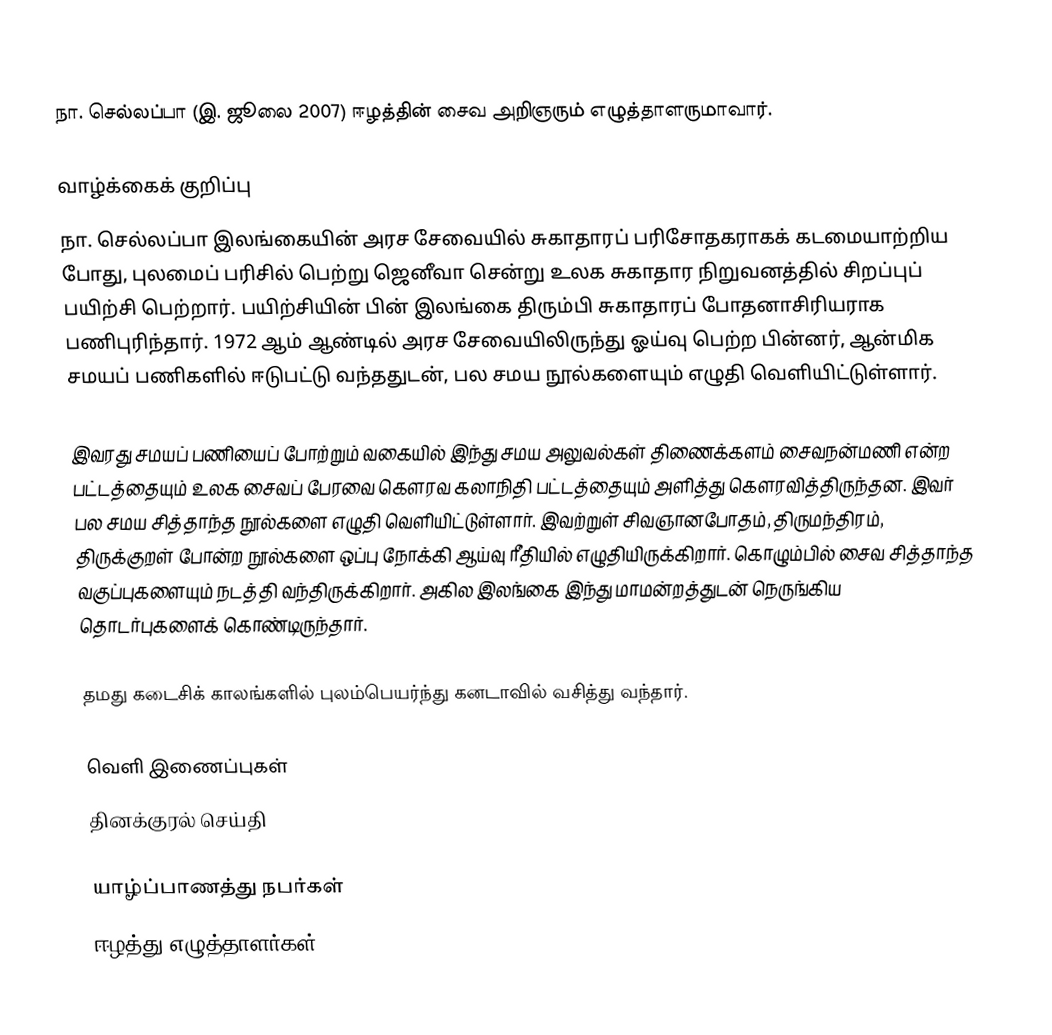
நா. செல்லப்பா (இ. ஜூலை 2007) ஈழத்தின் சைவ அறிஞரும் எழுத்தாளருமாவார்.

வாழ்க்கைக் குறிப்பு
நா. செல்லப்பா இலங்கையின் அரச சேவையில் சுகாதாரப் பரிசோதகராகக் கடமையாற்றிய போது, புலமைப் பரிசில் பெற்று ஜெனீவா சென்று உலக சுகாதார நிறுவனத்தில் சிறப்புப் பயிற்சி பெற்றார். பயிற்சியின் பின் இலங்கை திரும்பி சுகாதாரப் போதனாசிரியராக பணிபுரிந்தார். 1972 ஆம் ஆண்டில் அரச சேவையிலிருந்து ஓய்வு பெற்ற பின்னர், ஆன்மிக சமயப் பணிகளில் ஈடுபட்டு வந்ததுடன், பல சமய நூல்களையும் எழுதி வெளியிட்டுள்ளார்.

இவரது சமயப் பணியைப் போற்றும் வகையில் இந்து சமய அலுவல்கள் திணைக்களம் சைவநன்மணி என்ற பட்டத்தையும் உலக சைவப் பேரவை கௌரவ கலாநிதி பட்டத்தையும் அளித்து கௌரவித்திருந்தன. இவர் பல சமய சித்தாந்த நூல்களை எழுதி வெளியிட்டுள்ளார். இவற்றுள் சிவஞானபோதம், திருமந்திரம், திருக்குறள் போன்ற நூல்களை ஒப்பு நோக்கி ஆய்வு ரீதியில் எழுதியிருக்கிறார். கொழும்பில் சைவ சித்தாந்த வகுப்புகளையும் நடத்தி வந்திருக்கிறார். அகில இலங்கை இந்து மாமன்றத்துடன் நெருங்கிய தொடர்புகளைக் கொண்டிருந்தார்.

தமது கடைசிக் காலங்களில் புலம்பெயர்ந்து கனடாவில் வசித்து வந்தார்.

வெளி இணைப்புகள்
 தினக்குரல் செய்தி

யாழ்ப்பாணத்து நபர்கள்
ஈழத்து எழுத்தாளர்கள்